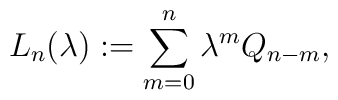
L_n(\lambda):=\sum_{m=0}^n\lambda^m Q_{n-m},